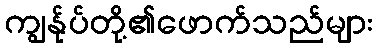
ကျွန်ုပ်တို့၏ဖောက်သည်များ